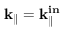
\bf k _ { \mathrm { \parallel } } = \bf k _ { \mathrm { \parallel } } ^ { i n }